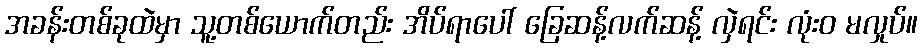
အခန်းတစ်ခုထဲမှာ သူ့တစ်ယောက်တည်း အိပ်ရာပေါ် ခြေဆန့်လက်ဆန့် လှဲရင်း လုံးဝ မလှုပ်။